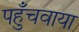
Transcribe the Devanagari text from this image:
पहुँचवाया